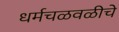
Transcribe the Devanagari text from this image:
धर्मचळवळीचे